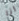
انا